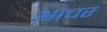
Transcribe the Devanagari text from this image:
आचर